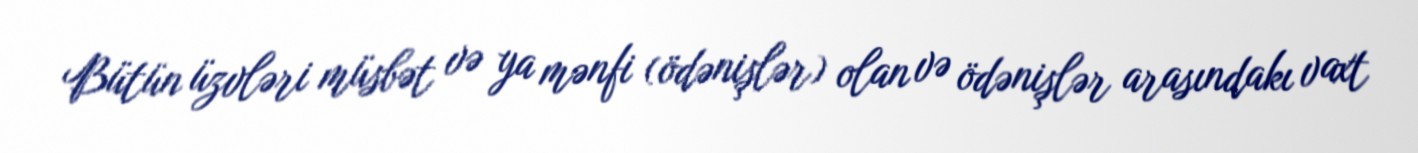
Bütün üzvləri müsbət və ya mənfi (ödənişlər) olan və ödənişlər arasındakı vaxt